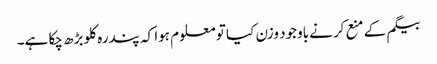
بیگم کے منع کرنے باوجود وزن کیا تو معلوم ہوا کہ پندرہ کلو بڑھ چکا ہے۔